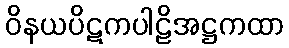
ဝိနယပိဋကပါဠိအဋ္ဌကထာ